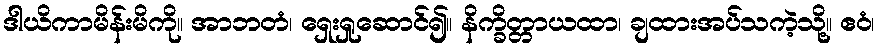
ဒါယိကာမိန်းမိကို။ အာဘတံ၊ ရှေးရှုဆောင်၍။ နိက္ခိတ္တာယထာ၊ ချထားအပ်သကဲ့သို့။ ဧဝံ၊